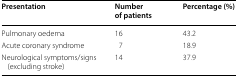
<table><thead><tr><td><b>Presentation</b></td><td><b>Number of patients</b></td><td><b>Percentage (%)</b></td></tr></thead><tbody><tr><td>Pulmonary oedema</td><td>16</td><td>43.2</td></tr><tr><td>Acute coronary syndrome</td><td>7</td><td>18.9</td></tr><tr><td>Neurological symptoms/signs (excluding stroke)</td><td>14</td><td>37.9</td></tr></tbody></table>